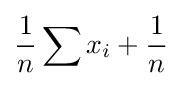
{1 \over n}\sum x_{i}+{1 \over n}